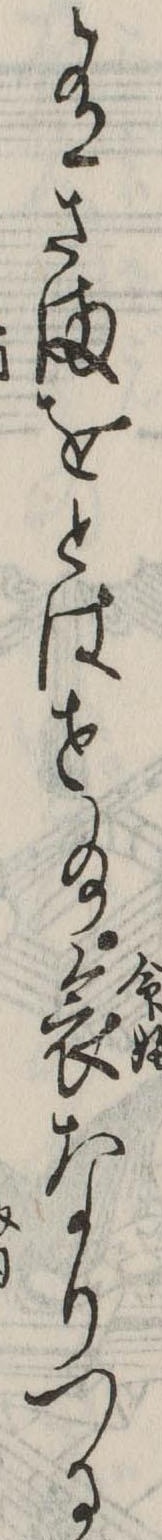
有さまをとはせ給哀なりつる